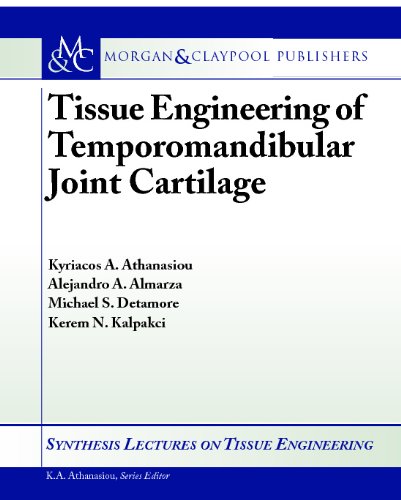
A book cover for Tissue Engineering of Temporomandibular Joint Cartilage (Synthesis Lectures on Tissue Engineering); Medical Books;